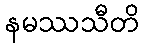
နမဿသီတိ